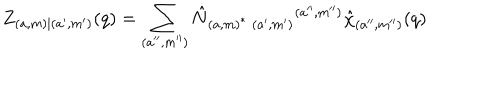
Z _ { ( a , m ) | ( a ^ { \prime } , m ^ { \prime } ) } ( q ) = \sum _ { ( a ^ { \prime \prime } , m ^ { \prime \prime } ) } \hat { N } _ { ( a , m ) ^ { * } \; ( a ^ { \prime } , m ^ { \prime } ) } { } ^ { ( a ^ { \prime \prime } , m ^ { \prime \prime } ) } \hat { \chi } _ { ( a ^ { \prime \prime } , m ^ { \prime \prime } ) } ( q )